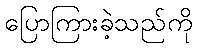
ပြောကြားခဲ့သည်ကို